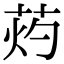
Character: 䓎